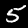
Label: 5